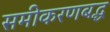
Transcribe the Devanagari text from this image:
समीकरणबद्ध